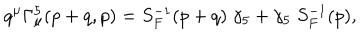
LaTeX: q ^ { \mu } \Gamma _ { \mu } ^ { 5 } ( p + q , p ) = S _ { F } ^ { - 1 } ( p + q ) \; \gamma _ { 5 } + \gamma _ { 5 } \; S _ { F } ^ { - 1 } ( p ) ,